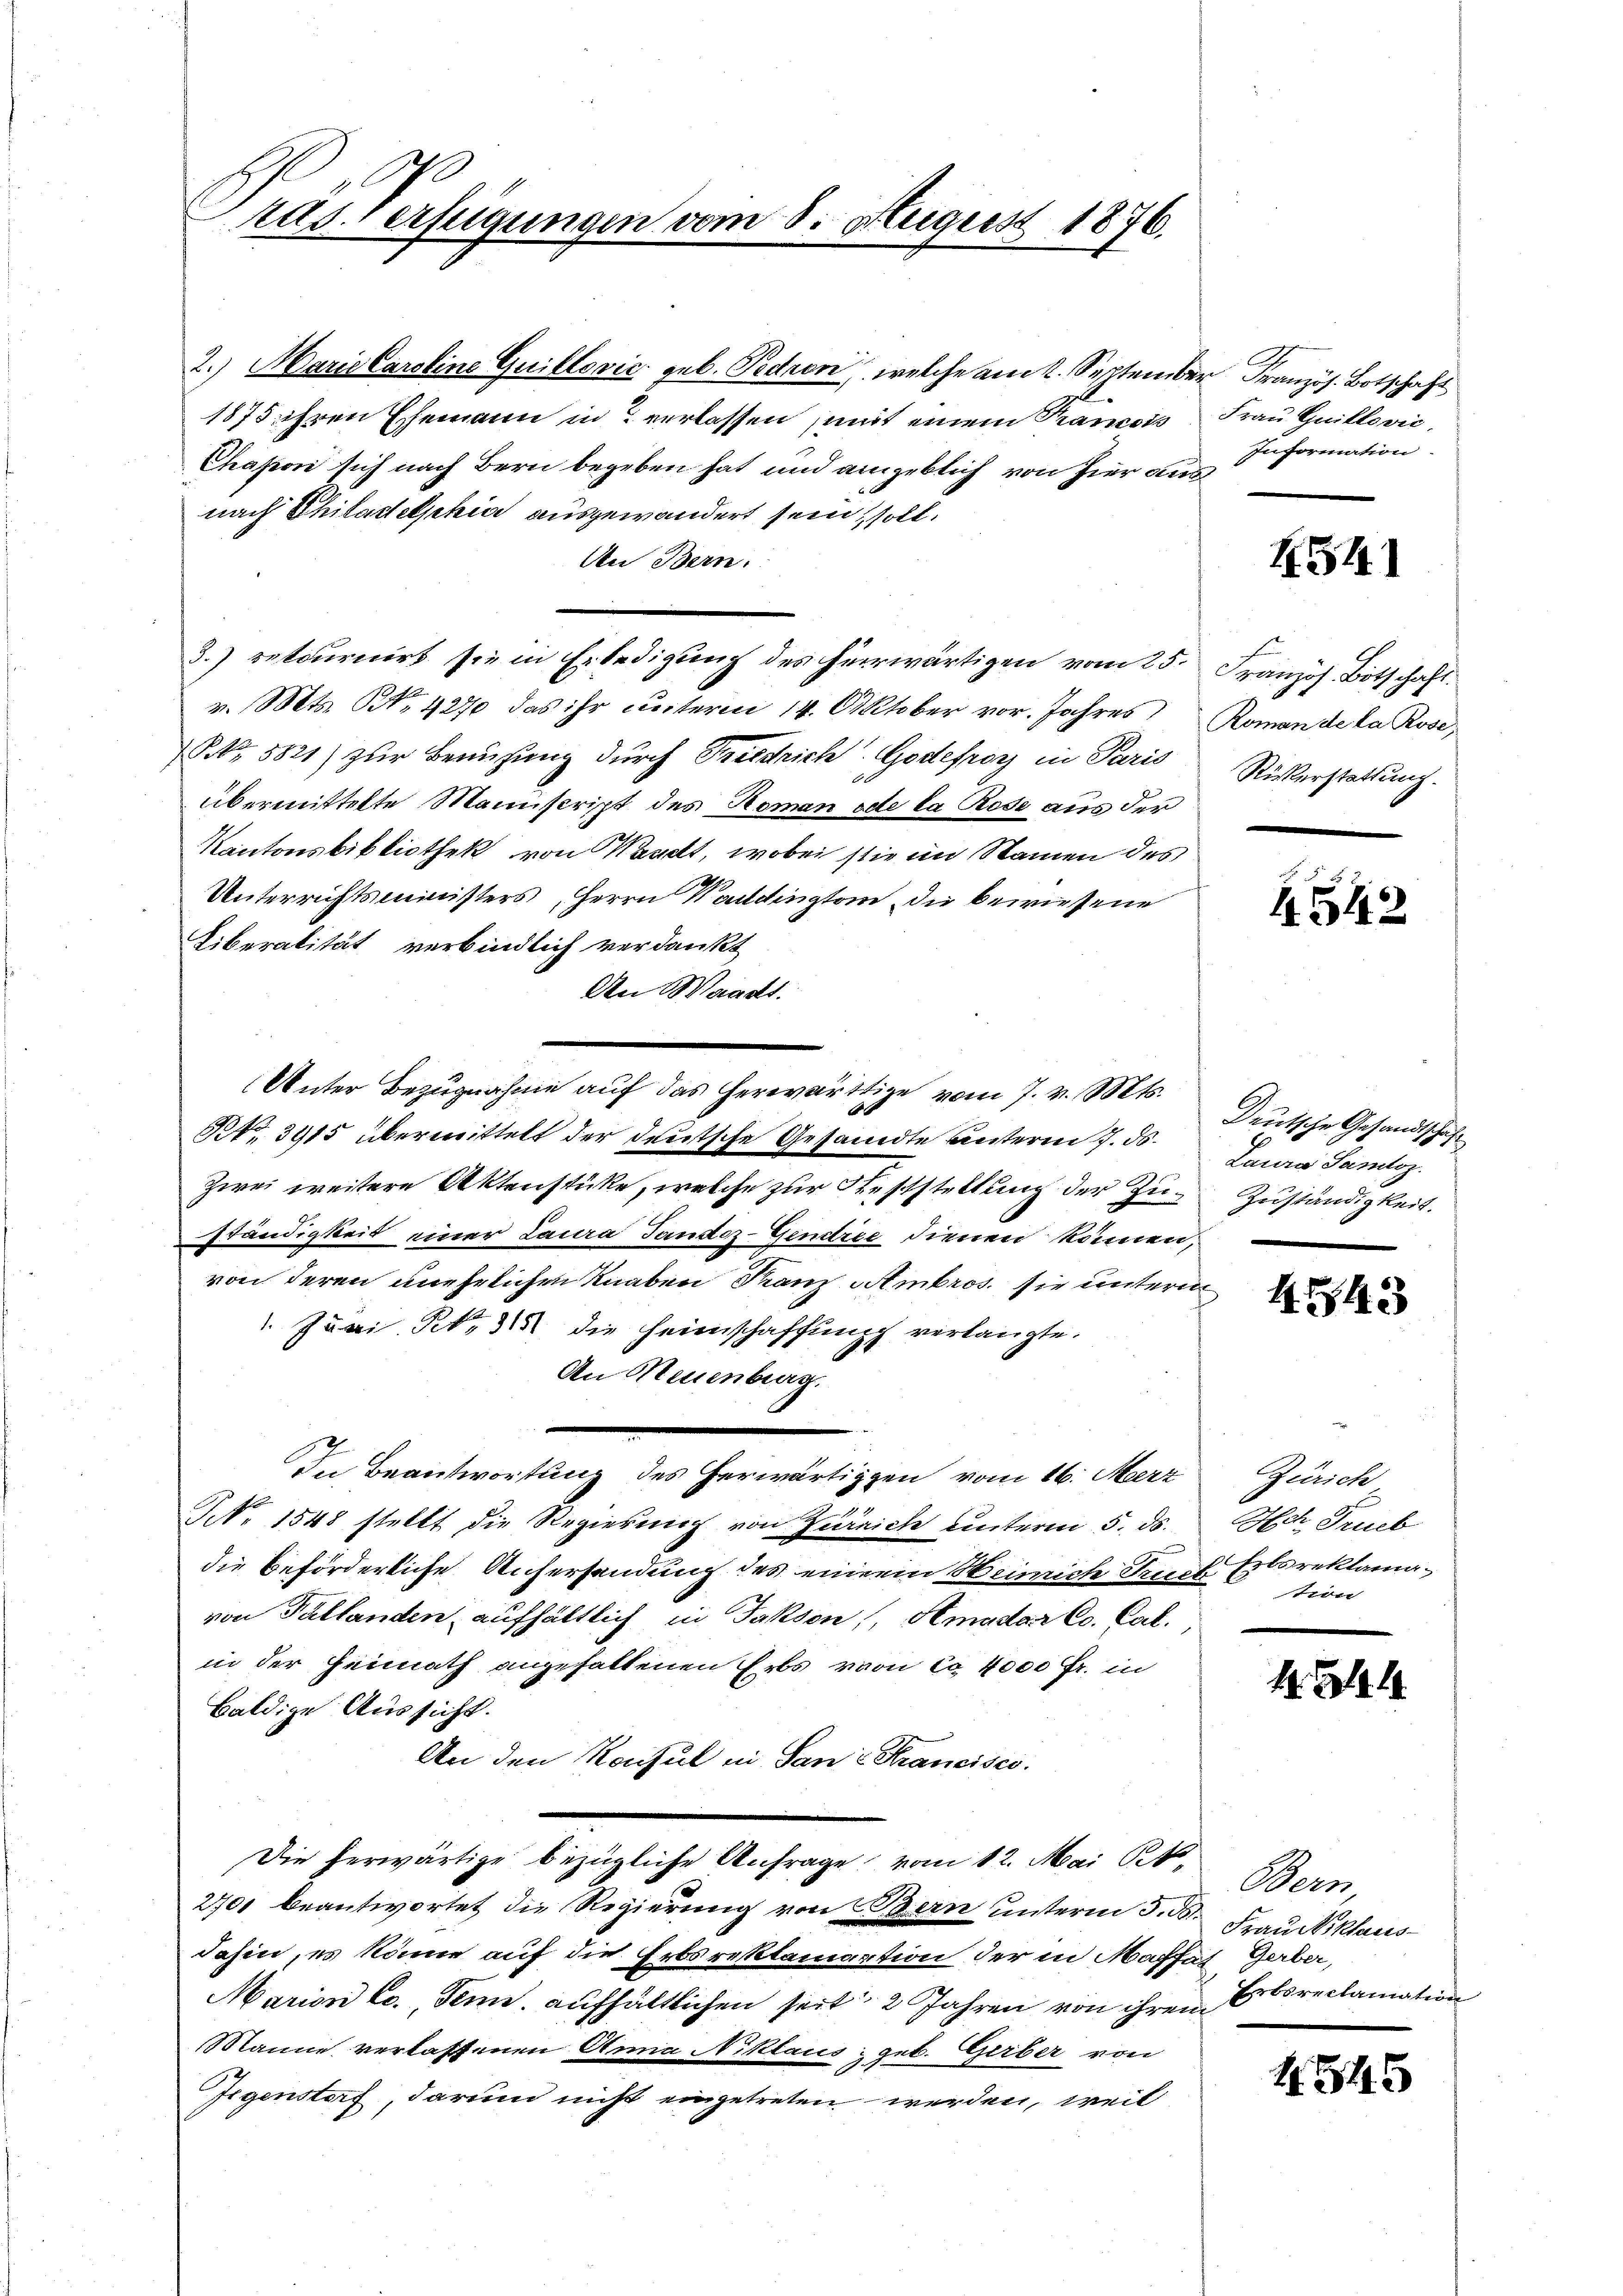
Pras verfügungen vom 8. August 1876.

2.) Marie Caroline Guillović geb. Pedaoni, welche am 2. September Französ. Botschaft
1875 ihren Ehemann in verlassen (mit einem Francois
Chapson sich nach Bern begeben hat und angeblich von hier ausnach Philadelphia ausgewandert sein, soll,
An Bern.
3.) retournirt sie in Erledigung des herwärtigen vom 25. Französ. Botschaft.
v. Mts. NNo. 4270 das ihr unterm 14. Oktober vor. Jahres
Nr. 8821) zur Berufung durch Triestrich. Godefroy in Paris
übermittelte Mannscript des Koman ode la Rose aus der
Kantonsbibliothek von Waadt, wobei sie im Namen des
Unterrichtsministers, Herrn Kandington die bewiesene
Liberalität verbindlich verdankt
An Waadt.
Unter Bezugnahme auf das herwärtige vom 7. v. Mts.
NNo. 3915 übermittelt der deutsche Gesandte unterm 7. ds.
Zwei weitere Aktenstüke, welche zur Feststellung der Zu-Zuständigkeit.
ständigkeit einer Laura Tandoz-Gendree dienen können,
von deren unehrlichen Knaben Franz Ambros. sie unterm
 Juri No 315 die Heimschaffung verlangte.
An Neuenburg.
In Beantwortung des herwärtiggen vom 16. März
NNo. 1548 stellt die Regierung von Zürich unterm 5. ds.
die beförderliche Aufersendung des einen Weinriche Senf Erbsreklamavon Pallanden aufhältlich in Jakson), Amadar Co. Cal.
in der Heimath angehaltenen Erbs vom 20 4000 Fr. in
Baldige Aussicht.
An den Konsul in San Krancisco
Die herwärtige bezügliche Anfrage vom 12. Mai 1
2701 beantwortet die Regierung von Bern unterm 5. d.
Jahin, es könne auf die Erbsreklamation der in Maffäl, Gerber,
Marian Cc. Tenn, aufhältlichen seit 2 Jahren von ihrem Erbreclamation
Manne verlassenen Anna Niklaus geb. Gerber von
Gegenstorf, darum nicht eingetreten werden, weil

Frau Guillović,
Information.

1541

Roman de la Rose,
Riskerstattung.

4542

Deutsche Gesandtschaft
Laure Samloz.

443

Zürich
H. Trieb
tion

13

Bern
Frau Niklaus¬

1315